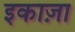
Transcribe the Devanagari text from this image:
इकाज़ा